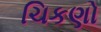
ચિકણો